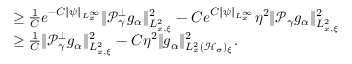
\begin{array} { r l } & { \geq \frac { 1 } { C } e ^ { - C \| \psi \| _ { L _ { x } ^ { \infty } } } \| \mathcal P _ { \gamma } ^ { \perp } g _ { \alpha } \| _ { L _ { x , \xi } ^ { 2 } } ^ { 2 } - C e ^ { C \| \psi \| _ { L _ { x } ^ { \infty } } } \eta ^ { 2 } \| \mathcal P _ { \gamma } g _ { \alpha } \| _ { L _ { x , \xi } ^ { 2 } } ^ { 2 } } \\ & { \geq \frac { 1 } { C } \| \mathcal P _ { \gamma } ^ { \perp } g _ { \alpha } \| _ { L _ { x , \xi } ^ { 2 } } ^ { 2 } - C \eta ^ { 2 } \| g _ { \alpha } \| _ { L _ { x } ^ { 2 } ( \mathcal H _ { \sigma } ) _ { \xi } } ^ { 2 } . } \end{array}